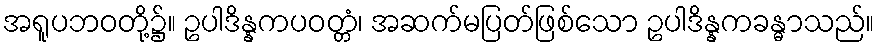
အရူပဘဝတို့၌။ ဥပါဒိန္နကပဝတ္တံ၊ အဆက်မပြတ်ဖြစ်သော ဥပါဒိန္နကခန္ဓာသည်။